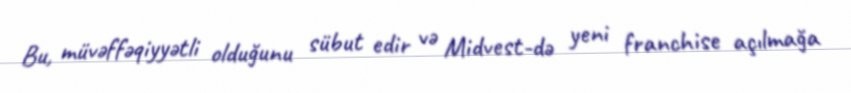
Bu, müvəffəqiyyətli olduğunu sübut edir və Midvest-də yeni franchise açılmağa